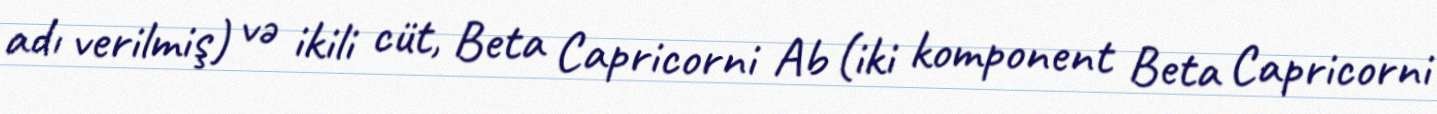
adı verilmiş) və ikili cüt, Beta Capricorni Ab (iki komponent Beta Capricorni